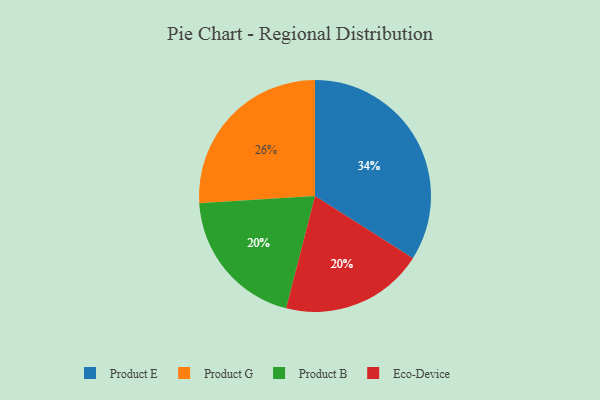
{"axis": {"x": "Category", "y": "Percentage"}, "legend": ["Eco-Device", "Product B", "Product E", "Product G"], "data": [{"x": "Product B", "y": 20, "type": "Product B"}, {"x": "Eco-Device", "y": 20, "type": "Eco-Device"}, {"x": "Product G", "y": 26, "type": "Product G"}, {"x": "Product E", "y": 34, "type": "Product E"}]}